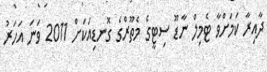
ދާއިރާ ކަމަށްވާ ޓެމިލް ނާޑޫ ސިޓީގެ މެތޫރްގެ ގޮނޑިއަކަށް 2011 ވަނަ އަހަރު